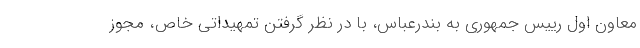
معاون اول رییس جمهوری به بندرعباس، با در نظر گرفتن تمهیداتی خاص، مجوز